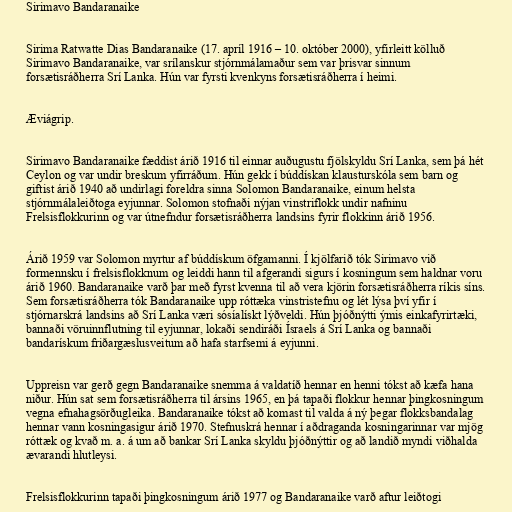
Sirimavo Bandaranaike

Sirima Ratwatte Dias Bandaranaike (17. apríl 1916 – 10. október 2000), yfirleitt kölluð
Sirimavo Bandaranaike, var srílanskur stjórnmálamaður sem var þrisvar sinnum
forsætisráðherra Srí Lanka. Hún var fyrsti kvenkyns forsætisráðherra í heimi.

Æviágrip.

Sirimavo Bandaranaike fæddist árið 1916 til einnar auðugustu fjölskyldu Srí Lanka, sem þá hét
Ceylon og var undir breskum yfirráðum. Hún gekk í búddískan klausturskóla sem barn og
giftist árið 1940 að undirlagi foreldra sinna Solomon Bandaranaike, einum helsta
stjórnmálaleiðtoga eyjunnar. Solomon stofnaði nýjan vinstriflokk undir nafninu
Frelsisflokkurinn og var útnefndur forsætisráðherra landsins fyrir flokkinn árið 1956.

Árið 1959 var Solomon myrtur af búddískum öfgamanni. Í kjölfarið tók Sirimavo við
formennsku í frelsisflokknum og leiddi hann til afgerandi sigurs í kosningum sem haldnar voru
árið 1960. Bandaranaike varð þar með fyrst kvenna til að vera kjörin forsætisráðherra ríkis síns.
Sem forsætisráðherra tók Bandaranaike upp róttæka vinstristefnu og lét lýsa því yfir í
stjórnarskrá landsins að Srí Lanka væri sósíalískt lýðveldi. Hún þjóðnýtti ýmis einkafyrirtæki,
bannaði vöruinnflutning til eyjunnar, lokaði sendiráði Ísraels á Srí Lanka og bannaði
bandarískum friðargæslusveitum að hafa starfsemi á eyjunni.

Uppreisn var gerð gegn Bandaranaike snemma á valdatíð hennar en henni tókst að kæfa hana
niður. Hún sat sem forsætisráðherra til ársins 1965, en þá tapaði flokkur hennar þingkosningum
vegna efnahagsörðugleika. Bandaranaike tókst að komast til valda á ný þegar flokksbandalag
hennar vann kosningasigur árið 1970. Stefnuskrá hennar í aðdraganda kosningarinnar var mjög
róttæk og kvað m. a. á um að bankar Srí Lanka skyldu þjóðnýttir og að landið myndi viðhalda
ævarandi hlutleysi.

Frelsisflokkurinn tapaði þingkosningum árið 1977 og Bandaranaike varð aftur leiðtogi